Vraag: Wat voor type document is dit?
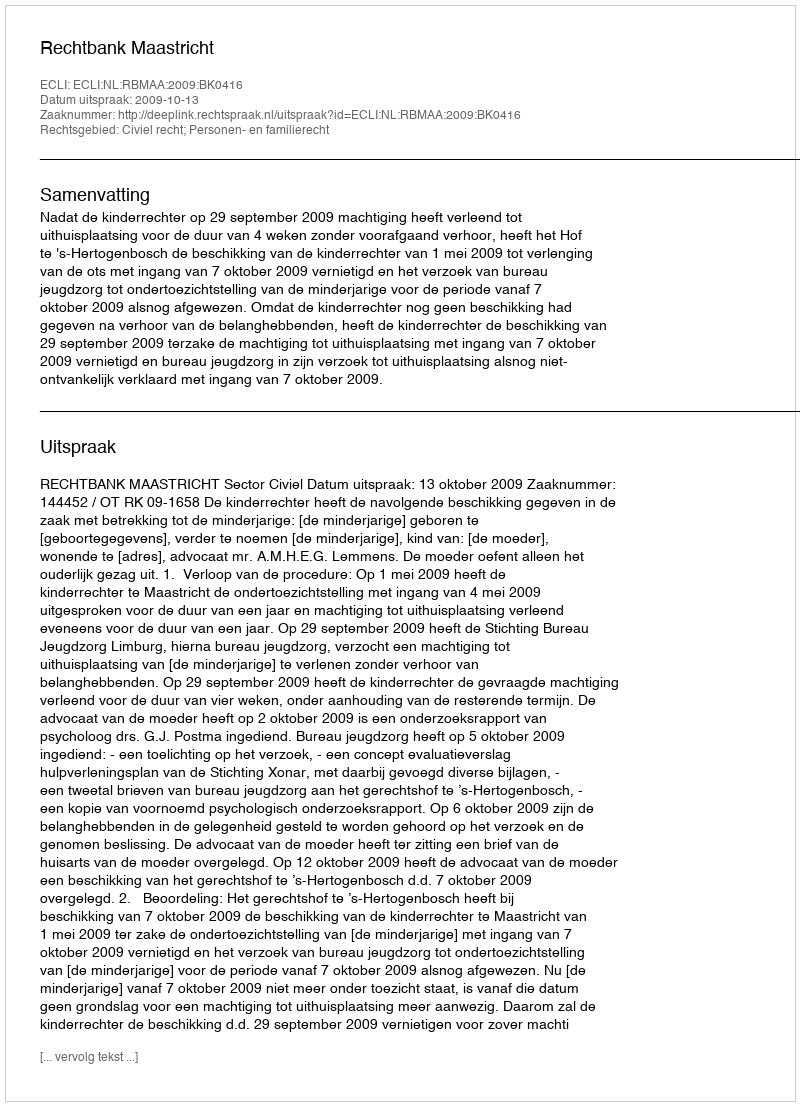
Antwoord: Uitspraak